Leaving Certificate Examination, 1916
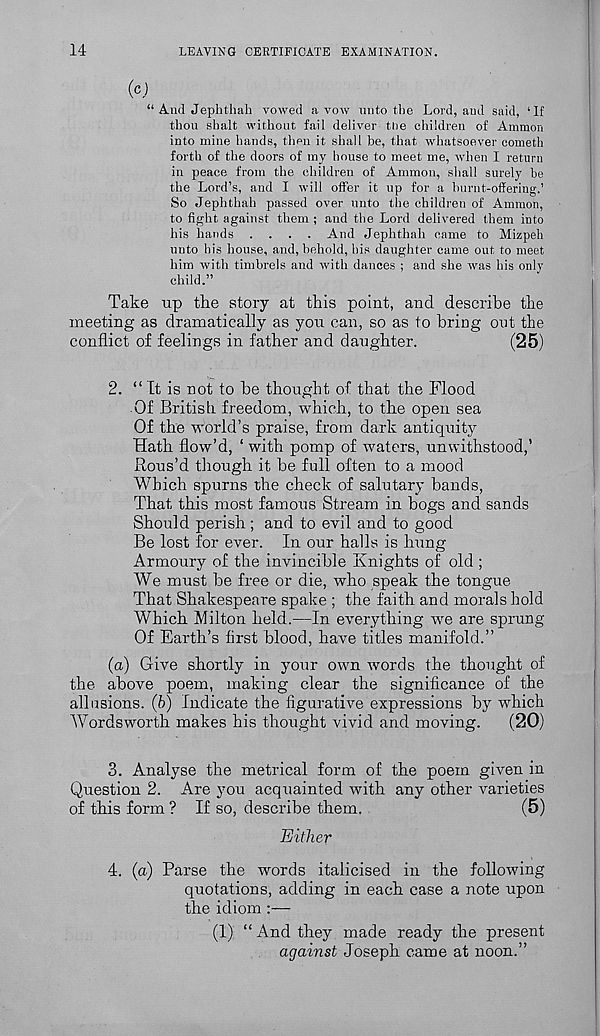
14
LEAVING CERTIFICATE EXAMINATION.
OJ
“ And Jephthah vowed avow unto the Lord, and said, ‘If
thou shaft without fail deliver tne children of Ammon
into mine hands, then it shall be, that whatsoever cometh
forth of the doors of my house to meet me, when I return
in peace from the children of Ammon, shall surely be
the Lord’s, and I will offer it up for a burnt-offering.’
So Jephthah passed over unto the children of Ammon,
to fight against them ; and the Lord delivered them into
his hands .... And Jephthah came to Mizpeh
unto his house, and, behold, his daughter came out to meet
him with timbrels and with dances ; and she was his only
child.”
Take up the story at this point, and describe the
meeting as dramatically as you can, so as to bring out the
conflict of feelings in father and daughter.
(25)
2. “ It is not to he thought of that the Flood
Of British freedom, which, to the open sea
Of the world’s praise, from dark antiquity
Hath flow’d, ‘ with pomp of waters, unwithstood,’
Rous’d though it he full often to a mood
Which spurns the check of salutary hands,
That this most famous Stream in hogs and sands
Should perish; and to evil and to good
Be lost for ever. In our hails is hung
Armoury of the invincible Knights of old ;
We must he free or die, who speak the tongue
That Shakespeare spake ; the faith and morals hold
Which Milton held.—In everything we are sprung
Of Earth’s first blood, have titles manifold.”
(a) Give shortly in your own words the thought of
the above poem, making clear the significance of the
allusions. (6) Indicate the figurative expressions by which
Wordsworth makes his thought vivid and moving.
(20)
3. Analyse the metrical form of the poem given in
Question 2. Are you acquainted with any other varieties
of this form ? If so, describe them.
(5)
Either
4. (a) Parse the words italicised in the following
quotations, adding in each case a note upon
the idiom :—
(1) “ And they made ready the present
against Joseph came at noon.”